Lunatic asylums Madras 1877-1891 - 1877-1891
Year: 1877
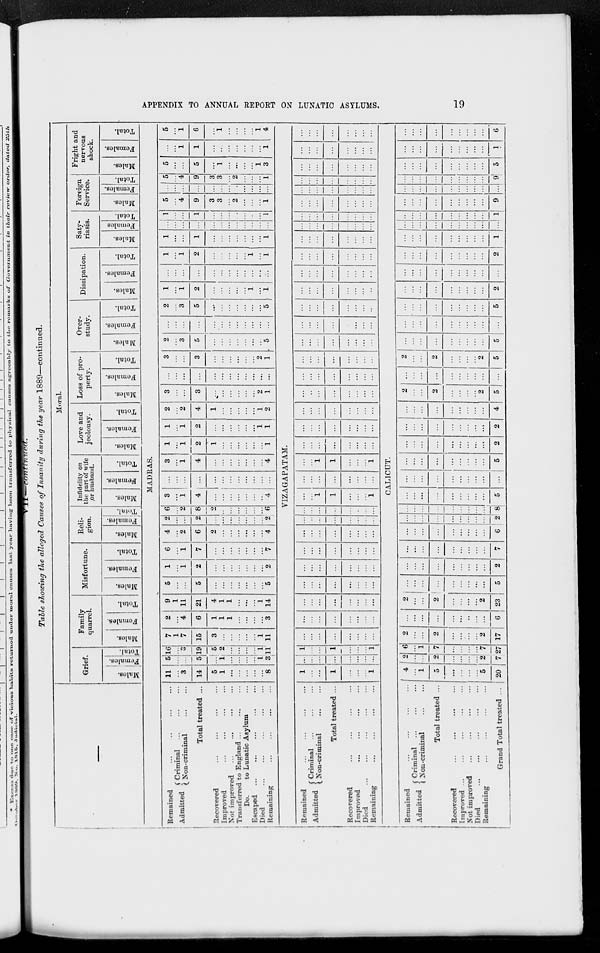
APPENDIX TO ANNUAL REPORT ON LUNATIC ASYLUMS.
19
VII—continued..
Table showing the alleged Causes of Insanity during the year 1889—continued.
—
Moral.
Grief.
Males.
Females.
Total.
Family
quarrel.
Males.
Females.
Total.
Misfortune.
Males.
Females.
Total.
Reli-
gion.
Males.
Females.
Total.
Infidelity on
the part of wife
or husband.
Males.
Females.
Total.
Love and
jeolousy.
Males.
Females.
Total.
Loss of pro-
perty.
Males.
Females.
Total.
Over-
study.
Males.
Females.
Total.
Dissipation.
Males.
Females.
Total.
Saty-
riasis.
Males.
Females.
Total.
Foreign
Service.
Males.
Females.
Total.
Fright and
nervous
shock.
Males.
Females.
Total.
MADRAS.
Remained ... ... ... ...
Admitted Criminal ... ... ...
Non-criminal
...
...
Total treated ...
Recovered
...
...
...
...
Improved
...
...
...
...
Not improved
...
...
...
...
Transferred to England
...
...
...
Do.
to Lunatic Asylum ...
Escaped
...
...
...
...
...
Died ... ... ... ... ...
Remaining
...
...
...
...
11
...
3
14
5
1
...
...
...
...
...
8
5
...
...
5
...
1
...
...
...
...
1
3
16
...
3
19
5
2
...
...
...
...
1
11
7
1
7
15
3
...
...
...
...
...
1
11
2
...
4
6
1
1
1
...
...
...
...
3
9
1
11
21
4
1
1
...
...
...
1
14
5
...
...
5
...
...
...
...
...
...
...
5
1
...
1
2
...
...
...
...
...
...
...
2
6
...
1
7
...
...
...
...
...
...
...
7
4
...
2
6
2
...
...
...
...
...
...
4
2
...
...
2
...
...
...
...
...
...
...
2
6
...
2
8
2
..
...
...
...
...
...
6
3
...
1
4
...
...
...
...
...
...
...
4
...
...
...
...
...
...
...
...
...
...
...
...
3
...
1
4
...
...
...
...
...
...
...
4
1
...
1
2
1
...
...
...
...
...
...
1
1
...
1
2
...
...
...
...
...
...
1
1
2
...
2
4
1
...
...
...
...
...
1
2
3
...
...
3
...
...
...
...
...
...
2
1
...
...
...
...
...
...
...
...
...
...
...
...
3
...
...
3
...
...
...
...
...
...
2
1
2
...
3
5
...
...
...
...
...
...
...
5
...
...
...
...
...
...
...
...
...
...
...
...
2
...
3
5
...
...
...
...
...
...
...
5
1
...
1
2
...
...
...
...
...
1
...
1
...
...
...
...
...
...
...
...
...
...
...
...
1
...
1
2
...
...
...
...
...
1
...
1
1
...
...
1
...
...
...
...
...
...
...
1
...
...
...
...
...
...
...
...
...
...
...
...
1
...
...
1
...
...
...
...
...
...
...
1
5
...
4
9
3
3
...
2
...
...
...
1
...
...
...
...
...
...
...
...
...
...
...
...
5
...
4
9
3
3
...
2
...
...
...
1
5
...
...
5
...
1
...
...
...
...
1
3
...
...
1
1
...
...
...
...
...
...
...
1
5
...
1
6
...
1
...
...
...
...
1
4
VIZAGAPATAM.
Remained
...
...
...
...
Admitted Criminal ... ... ...
Non-criminal ... ...
Total treated ...
Recovered
...
...
...
...
Improved
...
...
...
...
Died
...
...
...
...
...
Remaining ... ... ... ...
1
...
...
1
...
...
...
1
...
...
...
...
...
...
...
...
1
...
...
1
...
...
...
1
...
...
...
...
...
...
...
...
...
...
...
...
...
...
...
...
...
...
...
...
...
...
...
...
...
...
...
...
...
...
...
...
...
...
...
...
...
...
...
...
...
...
...
...
...
...
...
...
...
...
...
...
...
...
...
...
...
...
...
...
...
...
...
...
...
...
...
...
...
...
...
...
...
...
1
1
...
...
...
1
...
...
...
...
...
...
...
...
...
...
1
1
...
...
...
1
...
...
...
...
...
...
...
...
...
...
...
...
...
...
...
...
...
...
...
...
...
...
...
...
...
...
...
...
...
...
...
...
...
...
...
...
...
...
...
...
...
...
...
...
...
...
...
...
...
...
...
...
...
...
...
...
...
...
...
...
...
...
...
...
...
...
...
...
...
...
...
...
...
...
...
...
...
...
...
...
...
...
...
...
...
...
...
...
...
...
...
...
...
...
...
...
...
...
...
...
...
...
...
...
...
...
...
...
...
...
...
...
...
...
...
...
...
...
...
...
...
...
...
...
...
...
...
...
...
...
...
...
...
...
...
...
...
...
...
...
...
...
...
...
...
...
...
...
...
...
...
...
...
...
...
...
...
...
...
...
...
...
...
...
...
...
...
...
CALICUT.
Remained ... ... ... ...
Admitted Criminal
...
...
...
Non-criminal
...
...
Total treated ...
Recovered
...
...
...
...
Improved
...
...
...
...
...
Not improved ... ... ... ...
Died ... ... ... ... ...
Remaining ... ... ... ...
Grand Total treated ...
4
...
1
5
...
...
...
...
5
20
2
...
...
2
...
...
...
...
2
7
6
...
1
7
...
...
...
...
7
27
2
...
...
2
...
...
...
...
2
17
...
...
...
...
...
...
...
...
...
6
2
...
...
2
...
...
...
...
2
23
...
...
...
...
...
...
...
...
...
5
...
...
...
...
...
...
...
...
...
2
...
...
...
...
...
...
...
...
...
7
...
...
...
...
...
...
...
...
...
6
...
...
...
...
...
...
...
...
...
2
...
...
...
...
...
...
...
...
...
8
...
...
...
...
...
...
...
...
...
5
...
...
...
...
...
...
...
...
...
...
...
...
...
...
...
...
...
...
...
5
...
...
...
...
...
...
...
...
...
2
...
...
...
...
...
...
...
...
...
2
...
...
...
...
...
...
...
...
...
4
2
...
...
2
...
...
...
...
2
5
...
...
...
...
...
...
...
...
...
...
2
...
...
2
...
...
...
...
2
5
...
...
...
...
...
...
...
...
...
5
...
...
...
...
...
...
...
...
...
...
...
...
...
...
...
...
...
...
...
5
...
...
...
...
...
...
...
...
...
2
...
...
...
...
...
...
...
...
...
...
...
...
...
...
...
...
...
...
...
2
...
...
...
...
...
...
...
...
...
1
...
...
...
...
...
...
...
...
...
...
...
...
...
...
...
...
...
...
...
1
...
...
...
...
...
...
...
...
...
9
...
...
...
...
...
...
...
...
...
...
...
...
...
...
...
...
...
...
...
9
...
...
...
...
...
...
...
...
...
5
...
...
...
...
...
...
...
...
...
1
...
...
...
...
...
...
...
...
...
6